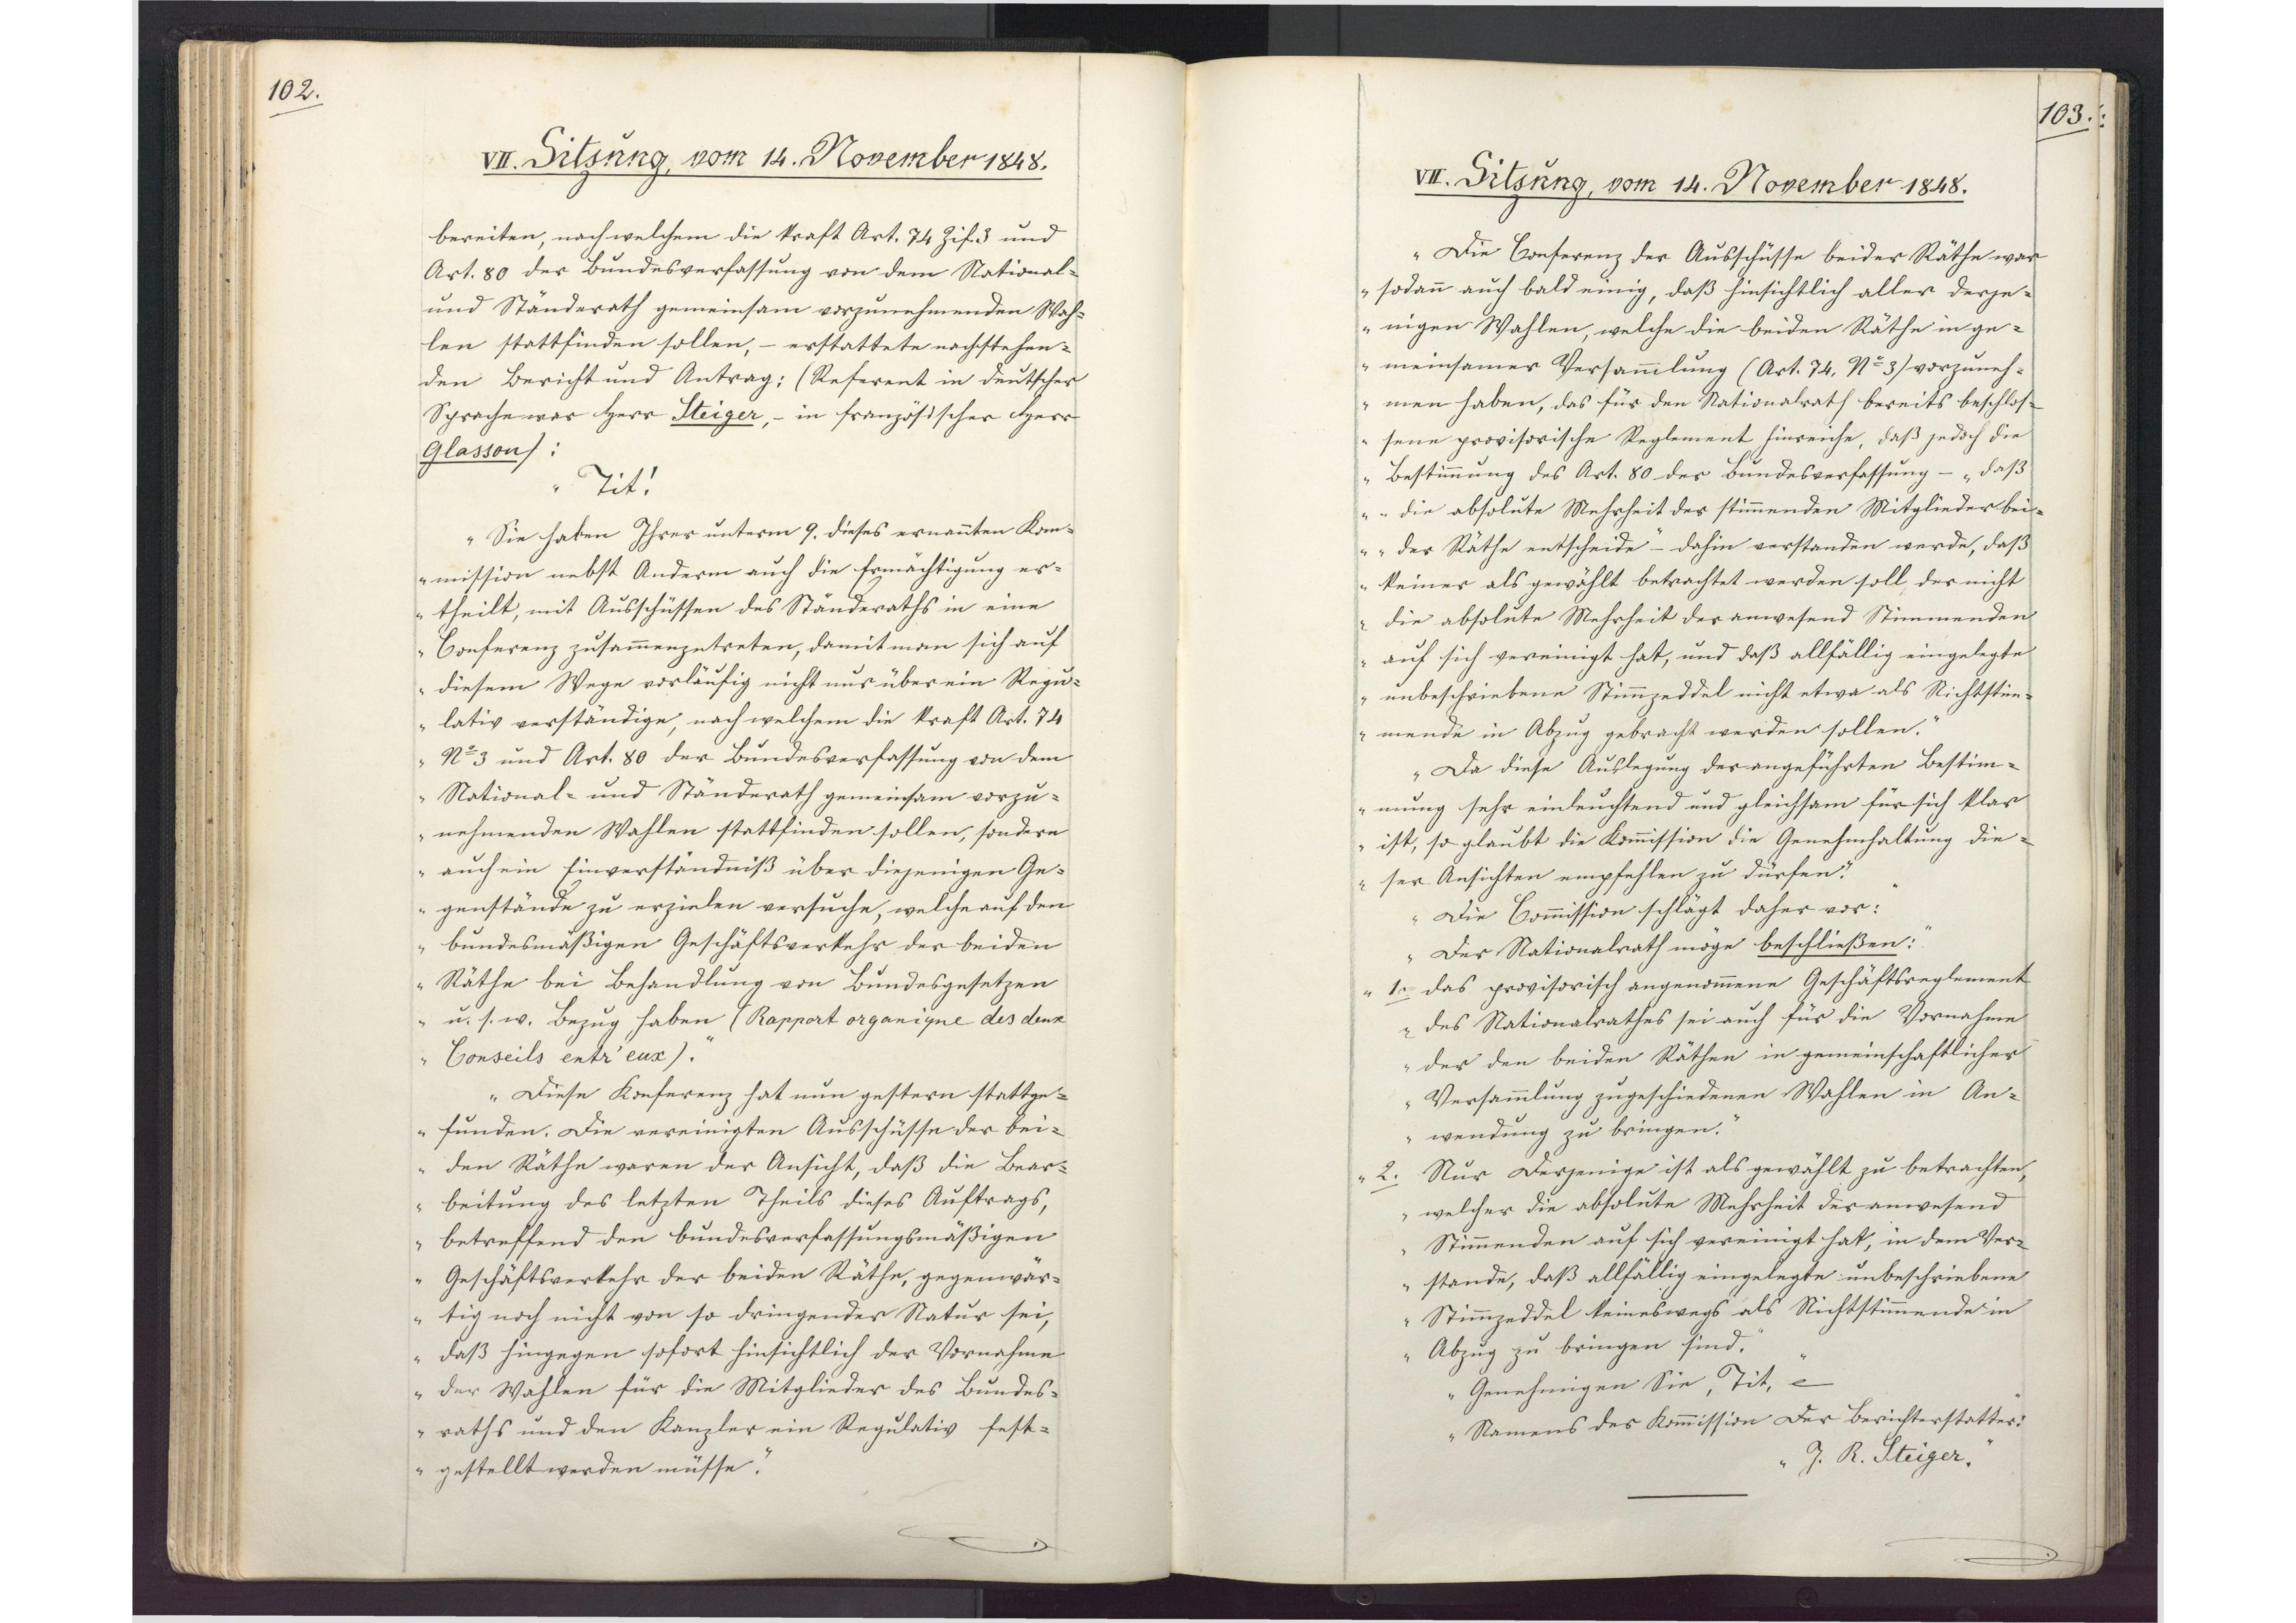
102.

VII. Sitzung, vom 14. November 1848.

bereiten, nach welchem die Kraft Art. 74 Zif. 3 und
Art. 80 der Bundesverfassung von dem National¬
und Ständerath gemeinsam vorzunehmenden Wah¬
len stattfinden sollen, - erstattete nachstehen¬
den Bericht und Antrag: (Referent in deutscher
Sprache war Herr Steiger, in französischer Herr
Glasson):
"Tit!
Sie haben Ihrer unterm 9. dieses ernannten Kom¬
mission nebst Anderm auch die Ermächtigung er¬
theilt, mit Ausschüssen des Ständeraths in eine
Conferenz zusammenzutreten, damit man sich auf
diesem Wege vorläufig nicht nur über ein Regu¬
lativ verständige, nach welchem die Kraft Art. 74
No 3 und Art. 80 der Bundesverfassung von dem
National- und Ständerath gemeinsam vorzu¬
nehmenden Wahlen stattfinden sollen, sondern
auch ein Einverständniß über diejenigen Ge¬
genstände zu erzielen versuche, welche auf den
bundesmäßigen Geschäftsverkehr der beiden
Räthe bei Behandlung von Bundesgesetzen
u.s.w. Bezug haben (Rapport organique des deux
Conseils entr` eux).
Diese Konferenz hat nun gestern stattge¬
funden. Die vereinigten Ausschüsse der bei¬
den Räthe waren der Ansicht, daß die Bear¬
beitung des letzten Theils dieses Auftrags,
betreffend den bundesverfassungsmäßigen
Geschäftsverkehr der beiden Räthe, gegenwär¬
tig noch nicht von so dringender Natur sei,
daß hingegen sofort hinsichtlich der Vornahme
der Wahlen für die Mitglieder des Bundes¬
raths und den Kanzler ein Regulativ fest¬
gestellt werden müsse.

103.

VII. Sitzung, vom 14. November 1848.

Die Conferenz der Ausschüsse beider Räthe war
sodann auch bald einig, daß hinsichtlich aller derje¬
nigen Wahlen, welche die beiden Räthe in ge¬
meinsamer Versammlung (Art. 74, No 3) vorzuneh¬
men haben, das für den Nationalrath bereits beschlos¬
sene provisorische Reglement hinreiche, daß jedoch die
Bestimmung des Art. 80 der Bundesverfassung - "daß
die absolute Mehrheit der stimmenden Mitglieder bei¬
der Räthe entscheide" - dahin verstanden werde, daß
keiner als gewählt betrachtet werden soll, der nicht
die absolute Mehrheit der anwesend Stimmenden
auf sich vereinigt hat, und daß allfällig eingelegte
unbeschriebene Stimmzeddel nicht etwa als Richtstim¬
mende in Abzug gebracht werden sollen.
Da diese Auslegung der angeführten Bestim¬
mung sehr einleuchtend und gleichsam für sich klar
ist, so glaubt die Kommission die Genehmhaltung die¬
ser Ansichten empfehlen zu dürfen.
Die Commission schlägt daher vor:
Der Nationalrath möge beschließen:
1. das provisorisch angenommene Geschäftsreglement
des Nationalrathes sei auch für die Vornahme
der den beiden Räthen in gemeinschaftlicher
Versammlung zugeschiedenen Wahlen in An¬
wendung zu bringen.
2. Nur Derjenige ist als gewählt zu betrachten,
welcher die absolute Mehrheit der anwesend
Stimmenden auf sich vereinigt hat, in dem Ver¬
stande, daß allfällig eingelegte unbeschriebene
Stimmzeddel keineswegs als Nichtstimmende in
Abzug zu bringen sind.
Genehmigen Sie, Tit, etc.
Namens der Kommission der Berichterstatter:
J. R. Steiger."